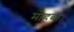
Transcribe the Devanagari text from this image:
मोहब्त